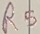
Text: R5